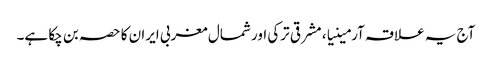
آج یہ علاقہ آرمینیا، مشرقی ترکی اور شمال مغربی ایران کا حصہ بن چکا ہے۔